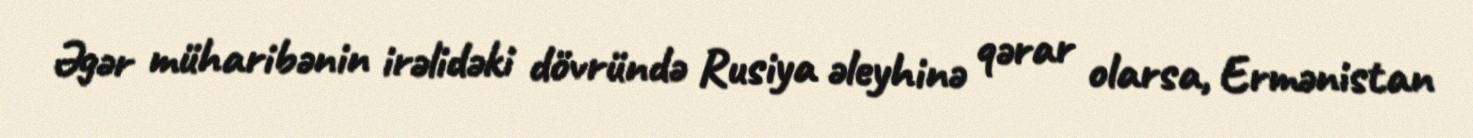
Əgər müharibənin irəlidəki dövründə Rusiya əleyhinə qərar olarsa, Ermənistan